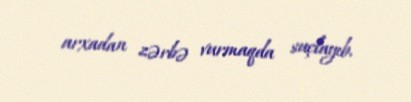
arxadan zərbə vurmaqda suçlayıb.